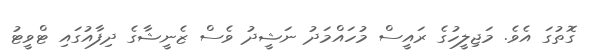
ގޮތުގަ އެވެ. މަޖިލީހުގެ ރައީސް މުހައްމަދު ނަޝީދު ވެސް ޒެނީޝާގެ ދިފާއުގައި ޓްވީޓު